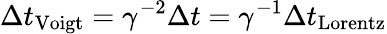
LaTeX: \Delta t_{\mathrm{Voigt}}=\gamma^{-2}\Delta t=\gamma^{-1}\Delta t_{\mathrm{Lorentz}}